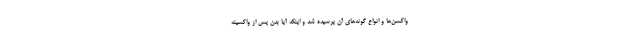
واکسن‌ها و انواع گونه‌های آن پرسیده شد و اینکه آیا بدن پس از واکسینه